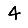
Digit: 4